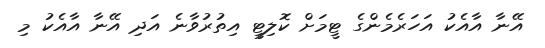
އޭނާ އާއެކު އަހަރެމެންގެ ޓީމަށް ކޮލިޓީ އިތުރުވާނެ އަދި އޭނާ އާއެކު މި